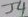
Text: J4